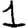
Digit: 1